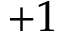
+ 1